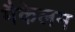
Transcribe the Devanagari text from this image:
मैकेलम